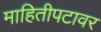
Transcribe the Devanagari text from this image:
माहितीपटावर